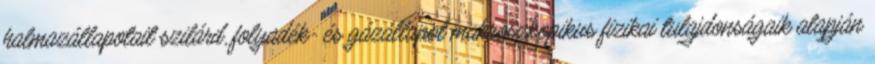
halmazállapotait szilárd, folyadék- és gázállapot makroszkopikus fizikai tulajdonságaik alapján